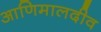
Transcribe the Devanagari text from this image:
आणिमालदीव